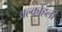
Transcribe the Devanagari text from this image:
अल्कोहली